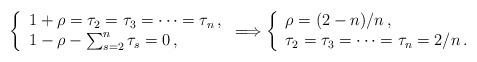
LaTeX: \begin{align*}\left\{\begin{array}{l}1 + \rho = \tau_2 = \tau_3 = \cdots = \tau_n \, , \\ 1 - \rho - \sum_{s = 2}^n\tau_s = 0 \, ,\end{array} \right. \Longrightarrow \left\{\begin{array}{l}\rho = (2 - n) / n \, , \\ \tau_2 = \tau_3 = \cdots = \tau_n = 2/n \, .\end{array} \right. \end{align*}